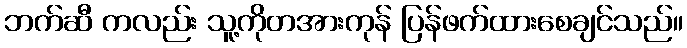
ဘက်ဆီ ကလည်း သူ့ကိုတအားကုန် ပြန်ဖက်ထားစေချင်သည်။